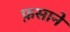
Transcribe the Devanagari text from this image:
फ़साने